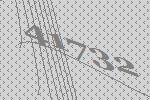
41732